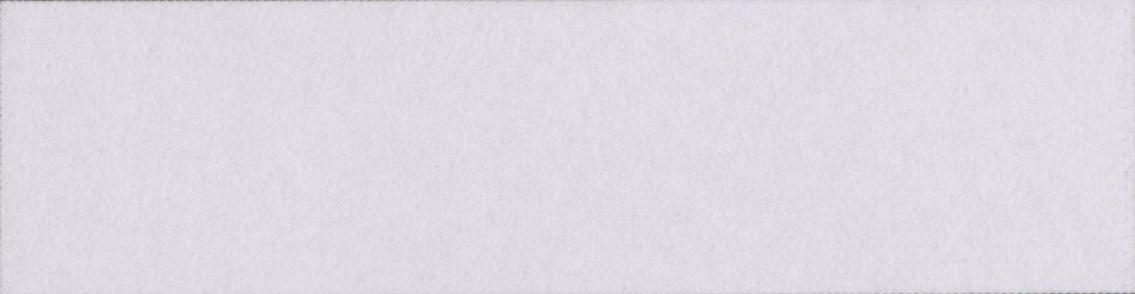
गावों-देहात